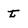
Character: t